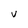
Character: V